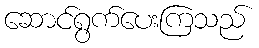
ဆောင်ရွက်ပေးကြသည်